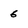
Character: 6